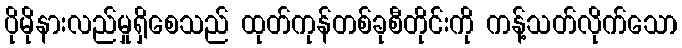
ပိုမိုနားလည်မှုရှိစေသည် ထုတ်ကုန်တစ်ခုစီတိုင်းကို ကန့်သတ်လိုက်သော